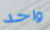
واحد